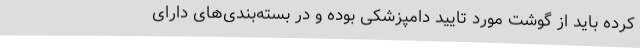
کرده باید از گوشت مورد تایید دامپزشکی بوده و در بسته‌بندی‌های دارای